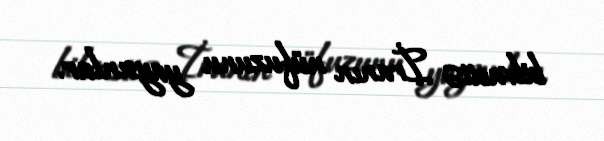
bilvasitə İranın nüfuzunu yaysınlar.